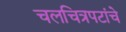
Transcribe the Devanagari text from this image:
चलचित्रपटांचे